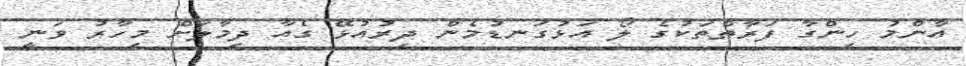
އާންމު ހިންގާ ފަރާތްތަކުގެ ލޯ އަޅުގަނޑުމެން ދިރުއުޅޭ ގެއާ ދިމާލަށް މިހާރު ވަނީ